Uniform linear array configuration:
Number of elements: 4
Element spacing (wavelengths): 0.5
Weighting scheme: cosine
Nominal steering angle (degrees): -15
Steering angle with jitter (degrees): -13.714
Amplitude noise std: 0.05
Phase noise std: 0.05

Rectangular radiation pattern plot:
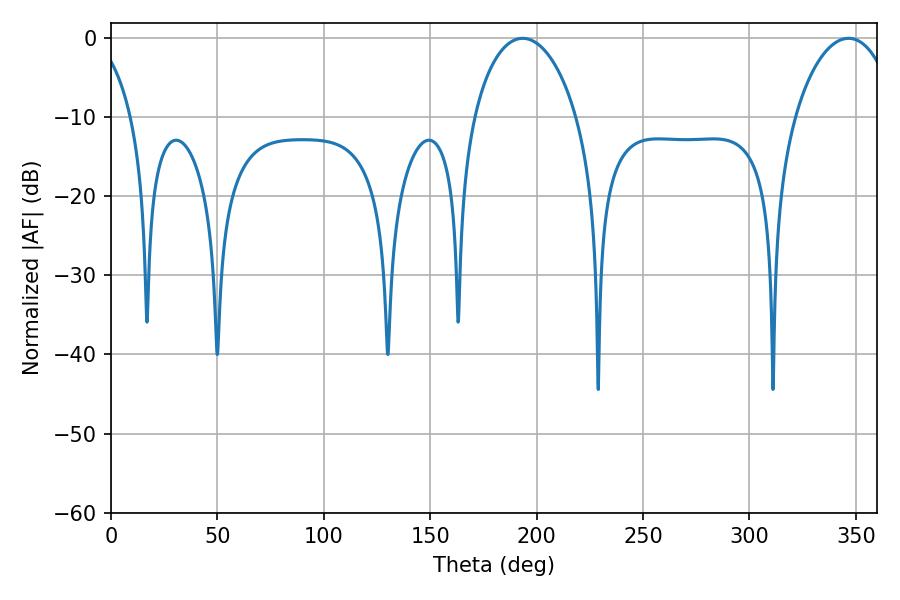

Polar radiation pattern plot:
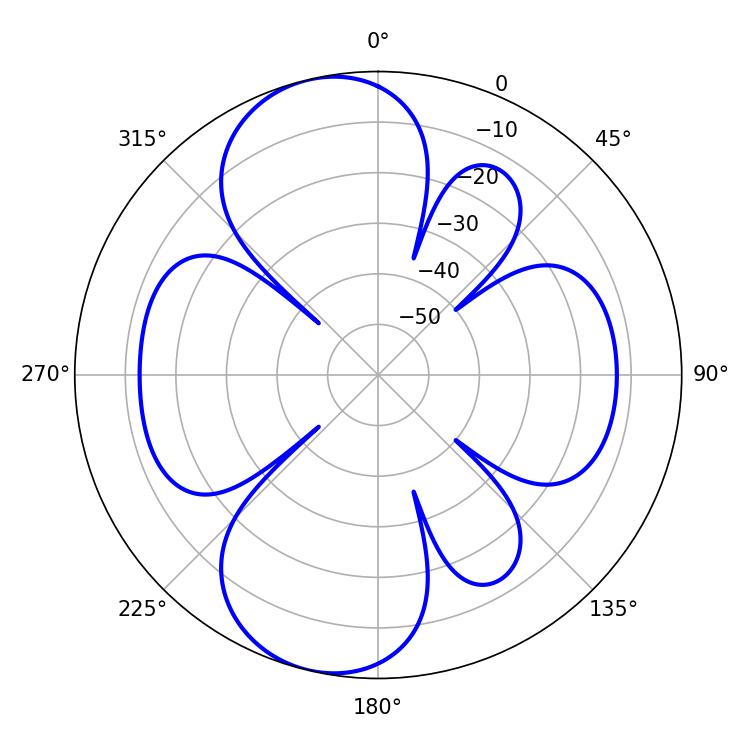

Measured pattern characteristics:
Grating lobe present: FALSE
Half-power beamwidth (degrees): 27.72
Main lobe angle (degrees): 193.5